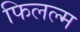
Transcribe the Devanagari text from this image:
फिलल्म